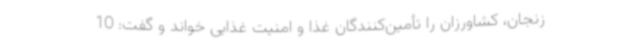
زنجان، کشاورزان را تأمین‌کنندگان غذا و امنیت غذایی خواند و گفت: 10